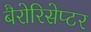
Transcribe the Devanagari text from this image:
बैरोरिसेप्टर